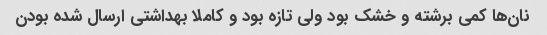
نان‌ها کمی برشته و خشک بود ولی تازه بود و کاملا بهداشتی ارسال شده بودن